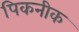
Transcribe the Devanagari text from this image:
पिकनीक